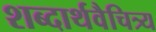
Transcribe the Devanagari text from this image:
शब्दार्थवैचित्र्य